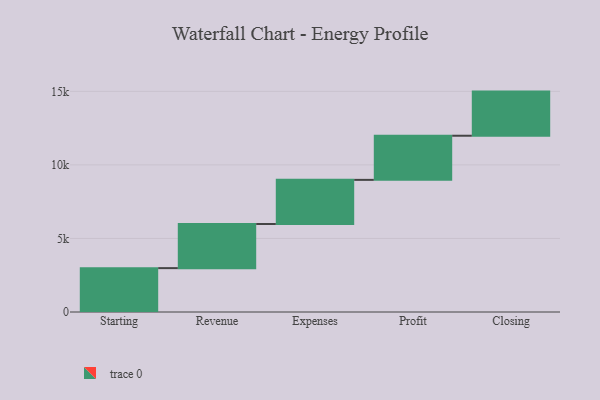
{"axis": {"x": "Step", "y": "Value"}, "legend": [""], "data": [{"x": "Starting", "y": 2982.0, "type": ""}, {"x": "Revenue", "y": 3000, "type": ""}, {"x": "Expenses", "y": 3000, "type": ""}, {"x": "Profit", "y": 3000, "type": ""}, {"x": "Closing", "y": 3000, "type": ""}]}